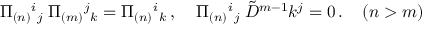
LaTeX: \Pi _ { ( n ) } { } ^ { i } { } _ { j } \; \Pi _ { ( m ) } { } ^ { j } { } _ { k } = \Pi _ { ( n ) } { } ^ { i } { } _ { k } \, , \; \; \; \; \Pi _ { ( n ) } { } ^ { i } { } _ { j } \; \tilde { D } ^ { m - 1 } k ^ { j } = 0 \, . \; \; \; \; ( n > m )